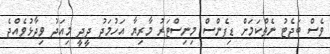
ވެސް ބަޖެޓު ނެތްކަމަށް ޑިފެންސް މިނިސްޓަރު މާރިޔާ އަހުމަަދު ދީދީ މިއަދު ވިދާޅުވެއްޖެ